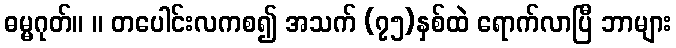
ဓမ္မဂုတ်။ ။ တပေါင်းလကစ၍ အသက် (၇၅)နှစ်ထဲ ရောက်လာပြီ ဘာများ